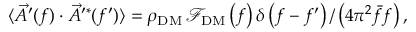
\langle \vec { A } ^ { \prime } ( f ) \cdot \vec { A } ^ { \prime * } ( f ^ { \prime } ) \rangle = \rho _ { \mathrm { D M } } \, \mathcal { F } _ { \mathrm { D M } } \left( f \right) \delta \left( f - f ^ { \prime } \right) / \left( 4 \pi ^ { 2 } \bar { f } f \right) ,